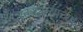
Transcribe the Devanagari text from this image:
रक्तदात्याच्या